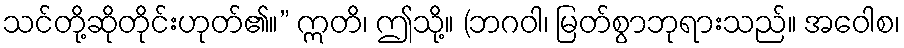
သင်တို့ဆိုတိုင်းဟုတ်၏။” ဣတိ၊ ဤသို့။ (ဘဂဝါ၊ မြတ်စွာဘုရားသည်။ အဝေါစ၊